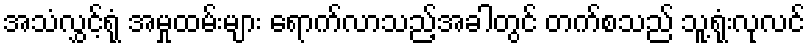
အသံလွှင့်ရုံ အမှုထမ်းများ ရောက်လာသည့်အခါတွင် တက်စသည် သူ့ရုံးလုလင်